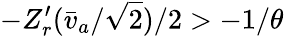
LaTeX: -Z_{r}^{\prime}(\bar{v}_{a}/\sqrt{2})/2>-1/\theta